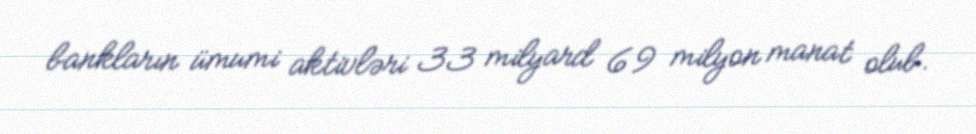
bankların ümumi aktivləri 33 milyard 69 milyon manat olub.